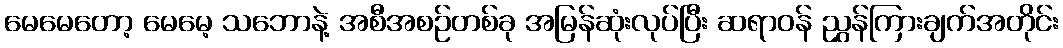
မေမေတော့ မေမေ့ သဘောနဲ့ အစီအစဉ်တစ်ခု အမြန်ဆုံးလုပ်ပြီး ဆရာဝန် ညွှန်ကြားချက်အတိုင်း